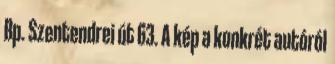
Bp. Szentendrei út 63. A kép a konkrét autóról